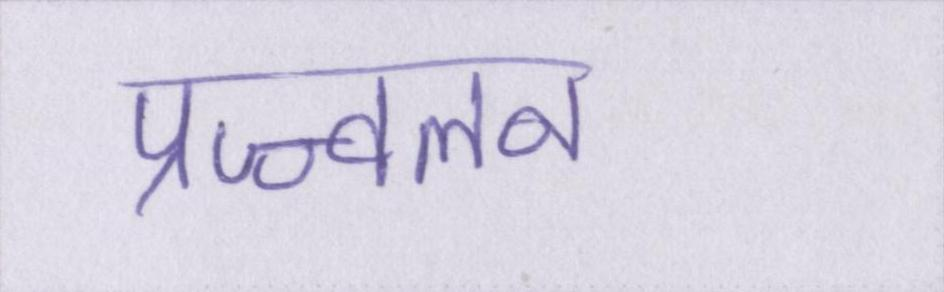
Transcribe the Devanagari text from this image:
प्रज्ज्वलन